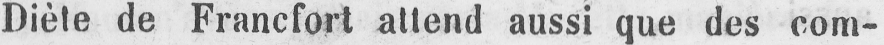
Diète de Francfort attend aussi que des com-